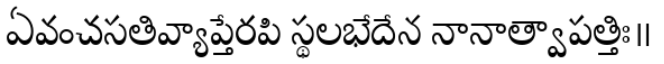
ఏవంచసతివ్యాప్తేరపి స్థలభేదేన నానాత్వాపత్తిః॥